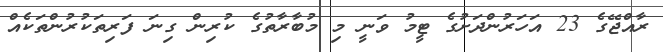
ރާއްޖޭގެ 23 އަހަރުންދަށުގެ ޓީމު ވަނީ މި މުބާރާތުގެ ކުރިން ގިނަ ފަރިތަކުރުންތަކެއް